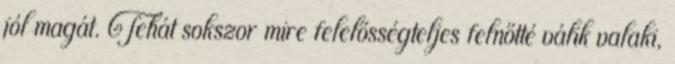
jól magát. Tehát sokszor mire felelősségteljes felnőtté válik valaki,